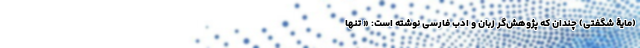
(مایۀ شگفتی) چندان که پژوهش‌گر زبان و ادب فارسی نوشته است: « تنها